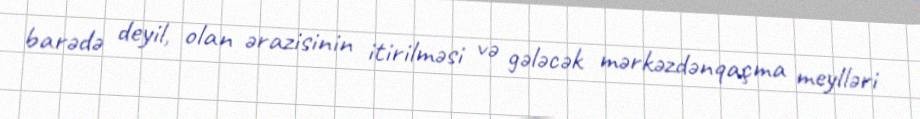
barədə deyil, olan ərazisinin itirilməsi və gələcək mərkəzdənqaçma meylləri